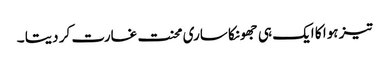
تیز ہوا کا ایک ہی جھونکا ساری محنت غارت کر دیتا ۔